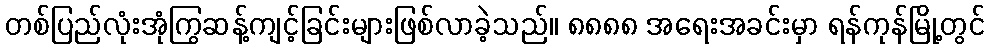
တစ်ပြည်လုံးအုံကြွဆန့်ကျင့်ခြင်းများဖြစ်လာခဲ့သည်။ ၈၈၈၈ အရေးအခင်းမှာ ရန်ကုန်မြို့တွင်